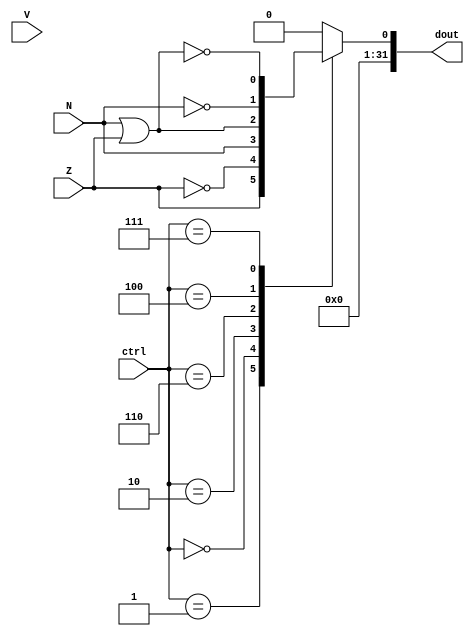
module comparer(
    output reg [31:0] dout,
    input Z,  // Zero.
    input V,  // Overflow, useless here...
    input N,  // Negative.
    input [3:1] ctrl
);

always @(*) begin
    dout[31:1] = 31'b0;  // dout can be only 0 or 1.
    case (ctrl)
        3'b001:  // EQ: if (A == B) S = 1 else S = 0.
            dout[0] = Z;
        3'b000:  // NEQ: if (A != B) S = 1 else S = 0.
            dout[0] = ~Z;
        3'b010:  // LT: if (A < B) S = 1 else S = 0.
            dout[0] = N;
        3'b110:  // LEZ: if (A <= 0) S = 1 else S = 0.
            dout[0] = N | Z;
        3'b100:  // GEZ: if (A >= 0) S = 1 else S = 0.
            dout[0] = ~N;
        3'b111:  // GTZ: if (A > 0) S = 1 else S = 0.
            dout[0] = ~(N | Z);
        default:  // What the hell?
            dout[0] = 1'b0;
    endcase
end

endmodule